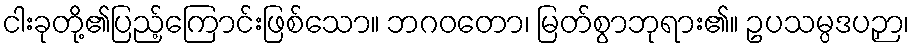
ငါးခုတို့၏ပြည့်ကြောင်းဖြစ်သော။ ဘဂဝတော၊ မြတ်စွာဘုရား၏။ ဥပသမ္ပဒပဉှာ၊